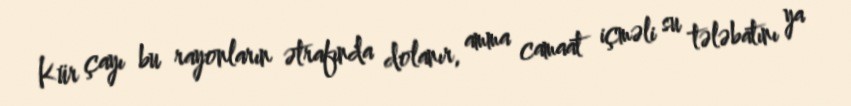
Kür çayı bu rayonların ətrafında dolanır, amma camaat içməli su tələbatını ya